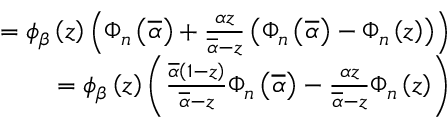
\begin{array} { r } { = \phi _ { \beta } \left( z \right) \left( \Phi _ { n } \left( \overline { { \alpha } } \right) + \frac { \alpha z } { \overline { { \alpha } } - z } \left( \Phi _ { n } \left( \overline { { \alpha } } \right) - \Phi _ { n } \left( z \right) \right) \right) } \\ { = \phi _ { \beta } \left( z \right) \left( \frac { \overline { { \alpha } } \left( 1 - z \right) } { \overline { { \alpha } } - z } \Phi _ { n } \left( \overline { { \alpha } } \right) - \frac { \alpha z } { \overline { { \alpha } } - z } \Phi _ { n } \left( z \right) \right) } \end{array}